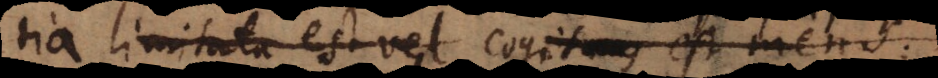
limitata est vel cogitans est mens;